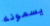
يسمونه